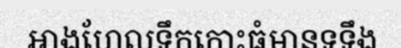
អាងហែលទឹកកោះធំមានទទឹង